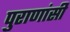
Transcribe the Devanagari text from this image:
पुराणांसी